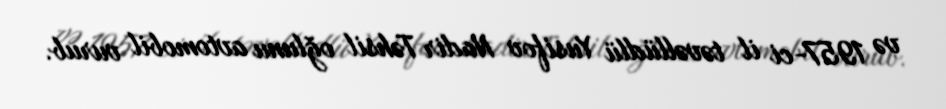
və 1957-ci il təvəllüdlü Yusifov Nadir Təhsil oğlunu avtomobil vurub.